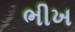
ભીખ